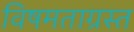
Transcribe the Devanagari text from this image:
विषमताग्रस्त